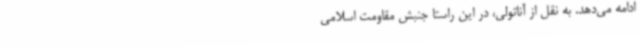
ادامه می‌دهد. به نقل از آناتولی، در این راستا جنبش مقاومت اسلامی